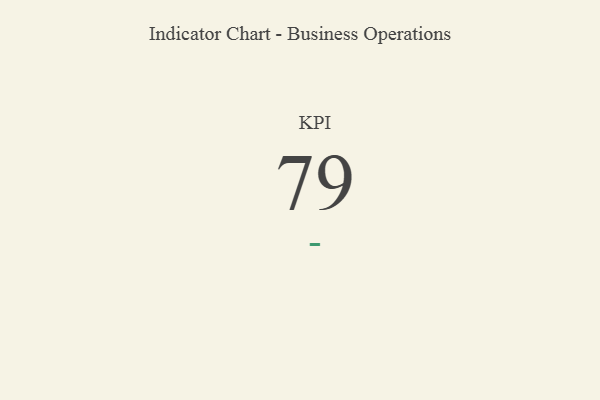
{"axis": {"x": "KPI", "y": "Value"}, "legend": [""], "data": [{"x": "KPI", "y": 79, "type": ""}]}